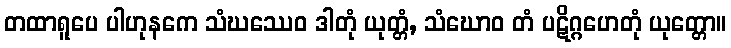
တထာရူပေ ပါဟုနကေ သံဃဿေဝ ဒါတုံ ယုတ္တံ, သံဃောဝ တံ ပဋိဂ္ဂဟေတုံ ယုတ္တော။